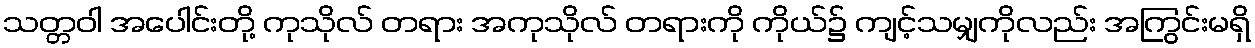
သတ္တဝါ အပေါင်းတို့ ကုသိုလ် တရား အကုသိုလ် တရားကို ကိုယ်၌ ကျင့်သမျှကိုလည်း အကြွင်းမရှိ